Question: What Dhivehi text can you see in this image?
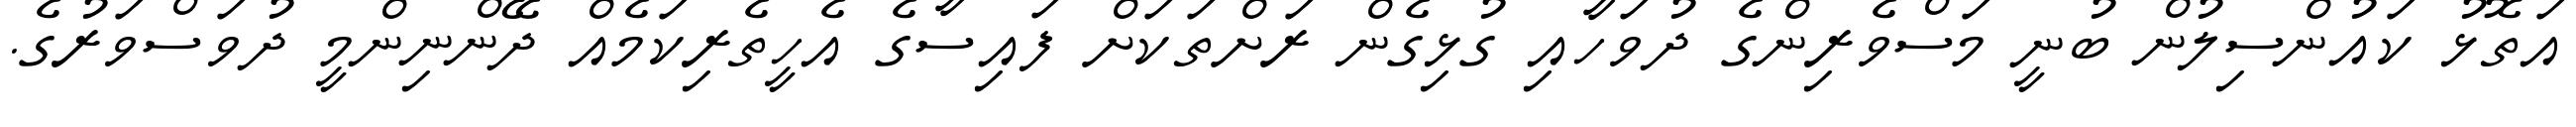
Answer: އަތޮޅު ކައުންސިލުން ބުނީ މަސްވެރިންގެ ދުވަހާއި ގުޅިގެން ރަށްތަކަށް ފައިސާގެ އެހީތެރިކަމެއް ދޭންނިންމީ ދުވަސްވަރުގެ.